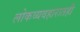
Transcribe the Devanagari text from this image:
लोकव्यवहारातही